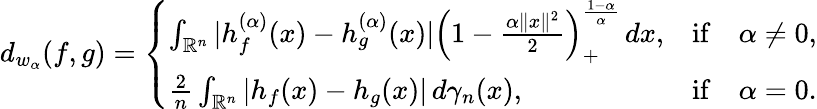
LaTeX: \begin{array}{r}{d_{w_{\alpha}}(f,g)=\left\{ \begin{array}{ll}{\int_{\mathbb{R}^{n}}|h_{f}^{(\alpha)}(x)-h_{g}^{(\alpha)}(x)|\left(1-\frac{\alpha\| x\| ^{2}}{2}\right)_{+}^{\frac{1-\alpha}{\alpha}}\, dx,}&{\mathrm{if}\quad\alpha\neq 0,}\\ {\frac{2}{n}\int_{\mathbb{R}^{n}}|h_{f}(x)-h_{g}(x)|\, d\gamma_{n}(x),}&{\mathrm{if}\quad\alpha=0.}\end{array}\right.}\end{array}